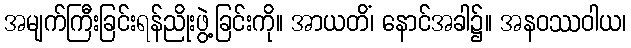
အမျက်ကြီးခြင်းရန်ညိုးဖွဲ့ခြင်းကို။ အာယတိံ၊ နောင်အခါ၌။ အနဝဿဝါယ၊